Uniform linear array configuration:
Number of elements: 12
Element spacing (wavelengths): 0.25
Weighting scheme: binomial
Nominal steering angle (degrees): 0
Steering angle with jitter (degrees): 1.547
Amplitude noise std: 0.05
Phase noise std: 0.05

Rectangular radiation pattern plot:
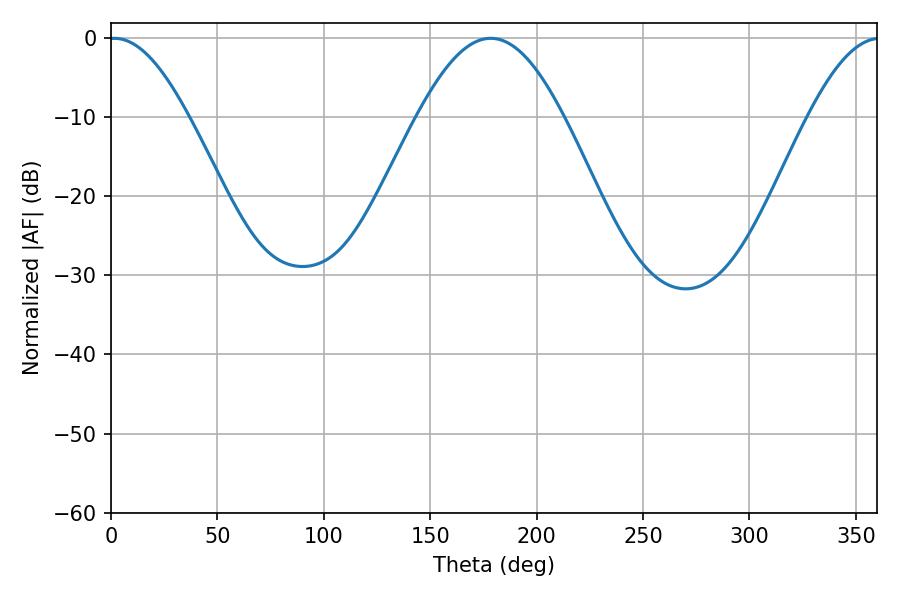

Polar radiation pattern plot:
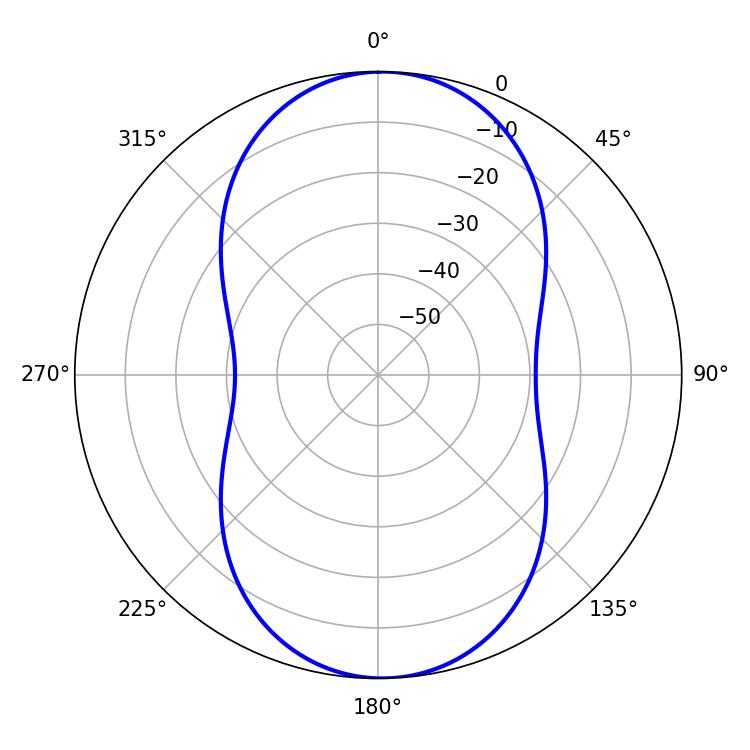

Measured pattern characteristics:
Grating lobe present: FALSE
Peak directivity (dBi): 16.693
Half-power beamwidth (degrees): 20.16
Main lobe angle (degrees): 1.62